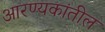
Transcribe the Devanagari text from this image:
आरण्यकांतील